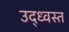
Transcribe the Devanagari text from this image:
उद्‌ध्‍वस्त